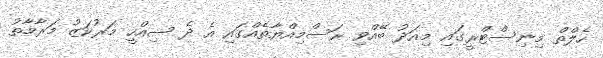
ހެލްތް މިނިސްޓްރީގައި މިއަދު ބޭއްވި ރަސްމިއްޔާތެއްގައި އެ ދެ ސިއްހީ މަރުކަޒު މަރާމާތު